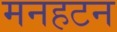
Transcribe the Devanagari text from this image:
मनहटन